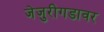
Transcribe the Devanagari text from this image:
जेजुरीगडावर